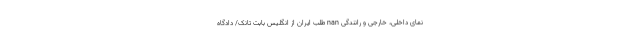
نمای داخلی، خارجی و رانندگی nan طلب ایران از انگلیس بابت تانک/ دادگاه